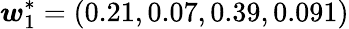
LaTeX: \boldsymbol{w}_{1}^{*}=(0.21,0.07,0.39,0.091)